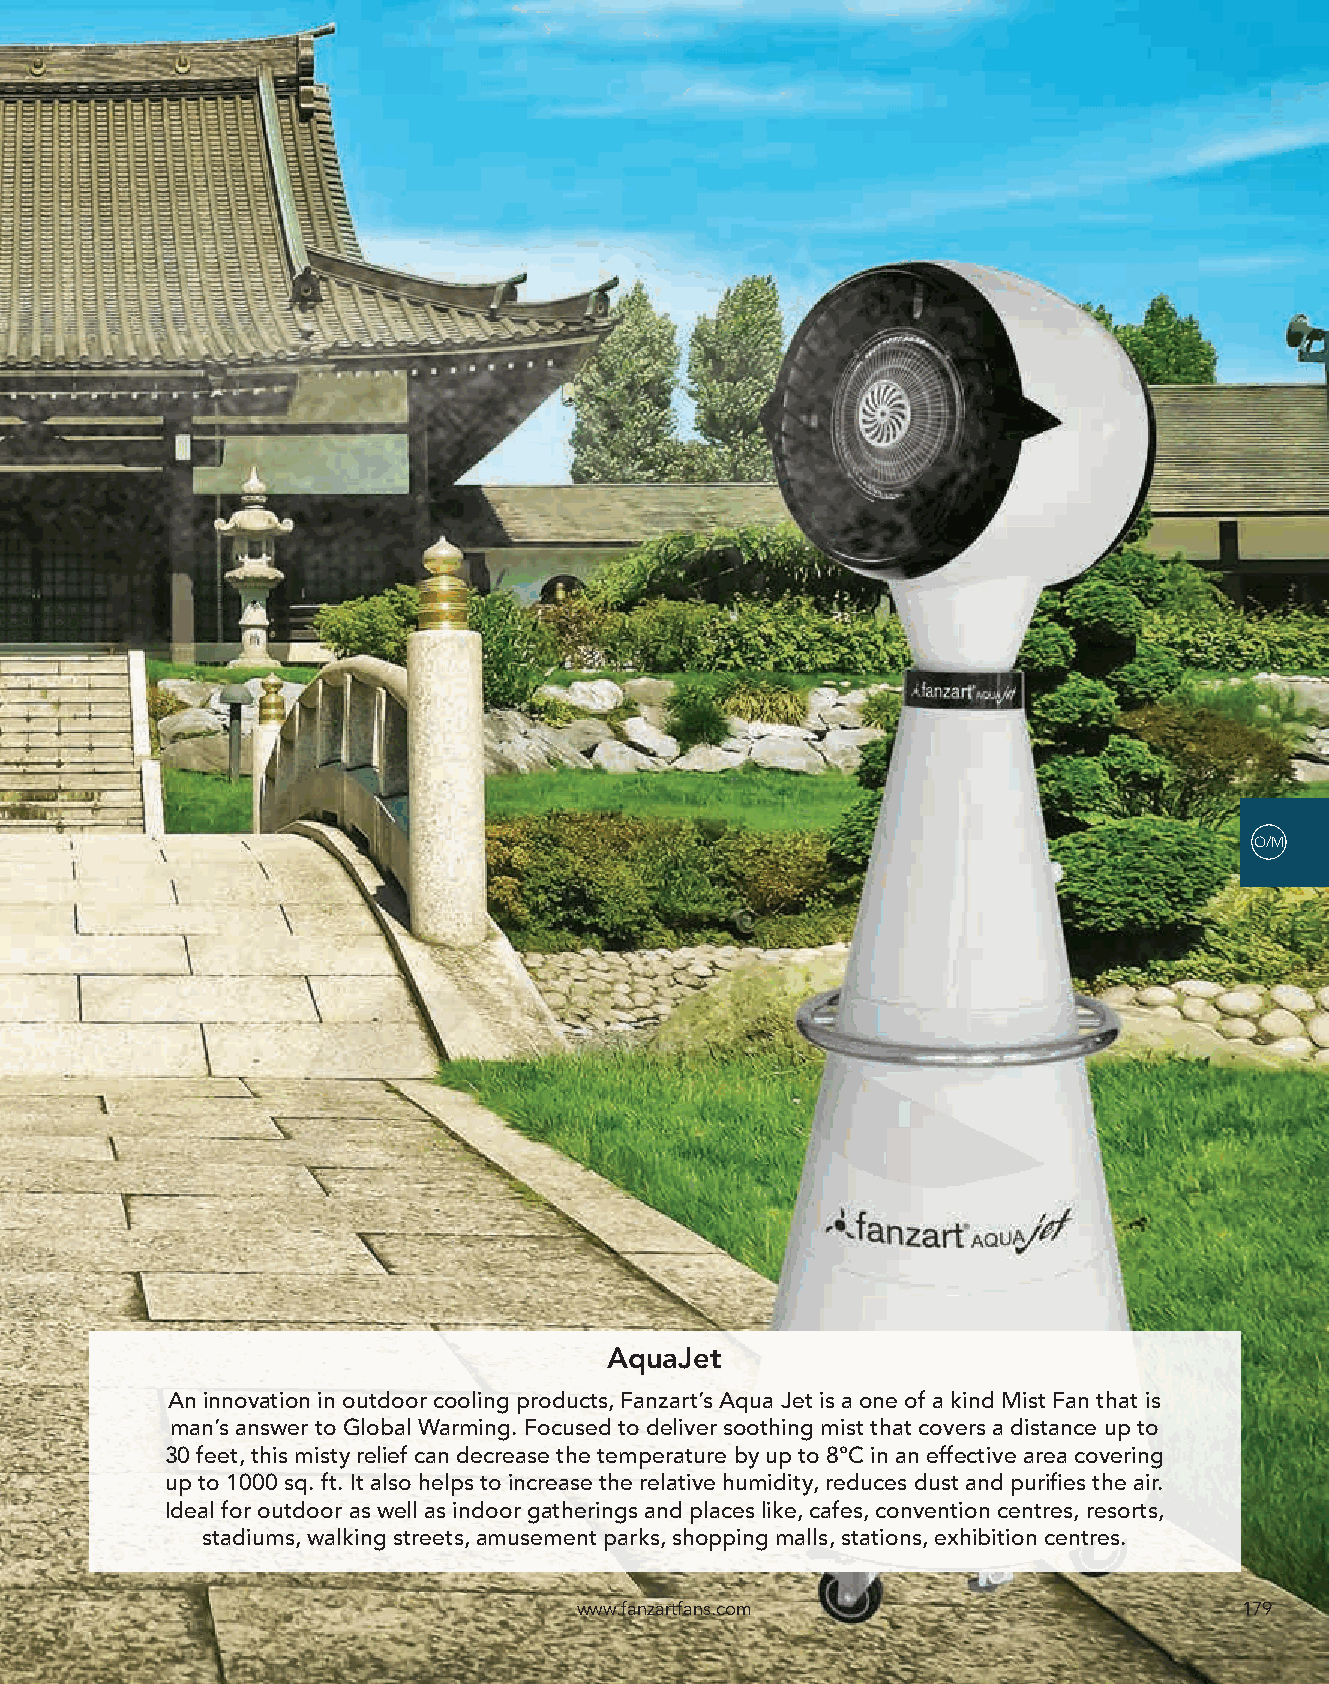
O/M
 AquaJet
 An innovation in outdoor cooling products, Fanzart’s Aqua Jet is a one of a kind Mist Fan that is
 man’s answer to Global Warming. Focused to deliver soothing mist that covers a distance up to
 30 feet, this misty relief can decrease the temperature by up to 8°C in an effective area covering
 up to 1000 sq. ft. It also helps to increase the relative humidity, reduces dust and purifies the air.
 Ideal for outdoor as well as indoor gatherings and places like, cafes, convention centres, resorts,
 stadiums, walking streets, amusement parks, shopping malls, stations, exhibition centres.
 www.fanzartfans.com                         179